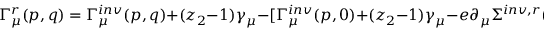
\Gamma _ { \mu } ^ { r } ( p , q ) = \Gamma _ { \mu } ^ { i n v } ( p , q ) + ( z _ { 2 } - 1 ) \gamma _ { \mu } - [ \Gamma _ { \mu } ^ { i n v } ( p , 0 ) + ( z _ { 2 } - 1 ) \gamma _ { \mu } - e \partial _ { \mu } \Sigma ^ { i n v , r } ( p ) ]